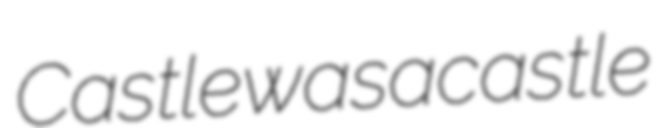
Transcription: Castle was a castle